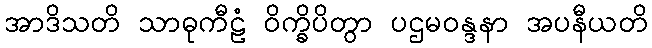
အာဒိသတိ သာဓုကီဠံ ဝိက္ခိပိတွာ ပဌမဝန္ဒနာ အပနီယတိ